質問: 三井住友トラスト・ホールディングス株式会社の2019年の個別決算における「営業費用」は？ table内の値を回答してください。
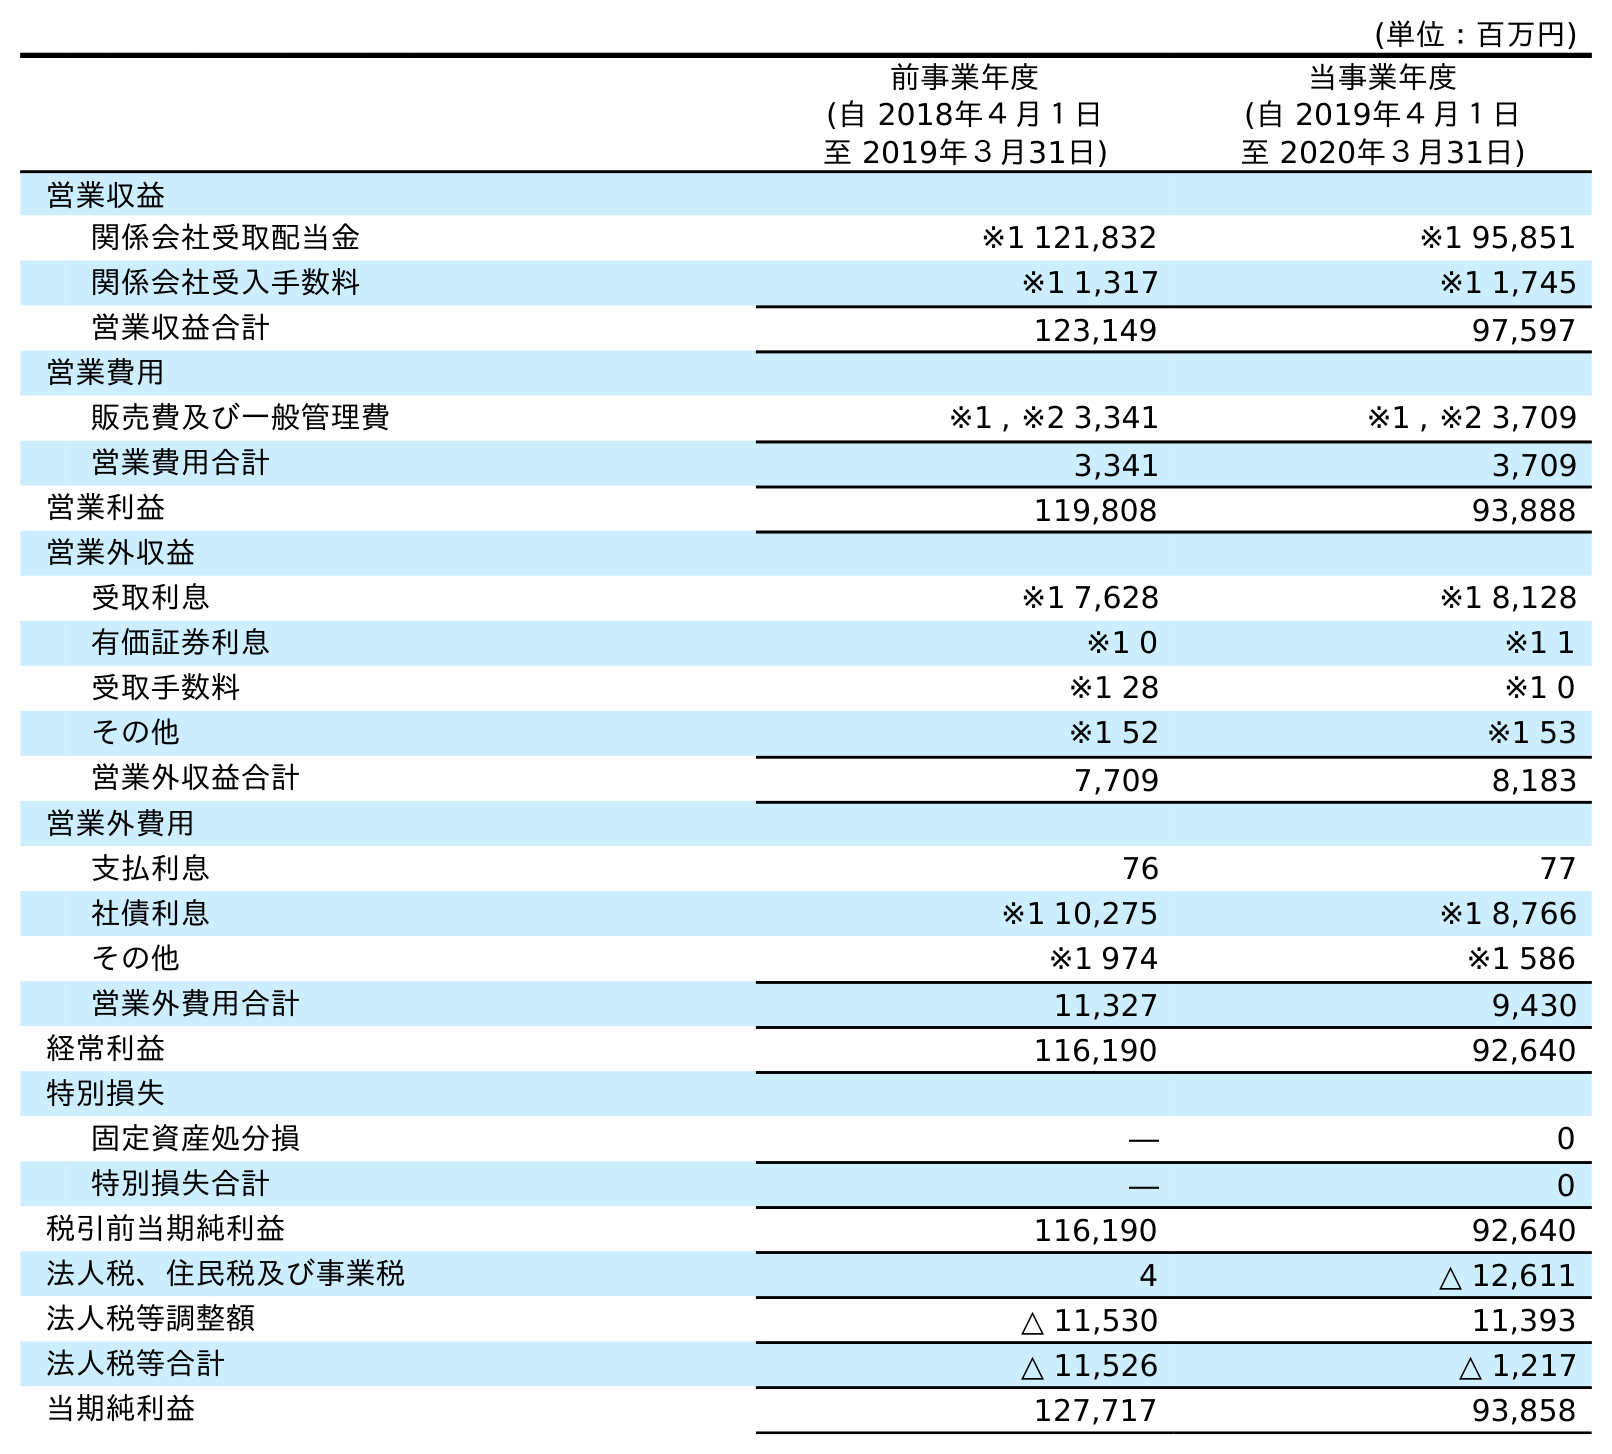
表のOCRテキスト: (単位：百万円) 前事業年度 (自 2018年４月１日 至 2019年３月31日) 当事業年度 (自 2019年４月１日 至 2020年３月31日) 営業収益 関係会社受取配当金 ※1 121,832 ※1 95,851 関係会社受入手数料 ※1 1,317 ※1 1,745 営業収益合計 123,149 97,597 営業費用 販売費及び一般管理費 ※1 , ※2 3,341 ※1 , ※2 3,709 営業費用合計 3,341 3,709 営業利益 119,808 93,888 営業外収益 受取利息 ※1 7,628 ※1 8,128 有価証券利息 ※1 0 ※1 1 受取手数料 ※1 28 ※1 0 その他 ※1 52 ※1 53 営業外収益合計 7,709 8,183 営業外費用 支払利息 76 77 社債利息 ※1 10,275 ※1 8,766 その他 ※1 974 ※1 586 営業外費用合計 11,327 9,430 経常利益 116,190 92,640 特別損失 固定資産処分損 ― 0 特別損失合計 ― 0 税引前当期純利益 116,190 92,640 法人税、住民税及び事業税 4 △ 12,611 法人税等調整額 △ 11,530 11,393 法人税等合計 △ 11,526 △ 1,217 当期純利益 127,717 93,858
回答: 3,341